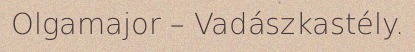
Olgamajor – Vadászkastély.